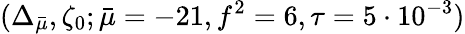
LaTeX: (\Delta_{\bar{\mu}},\zeta_{0};\bar{\mu}=-21,f^{2}=6,\tau=5\cdot 10^{-3})